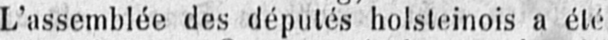
L’assemblée des députés holsteinois a été